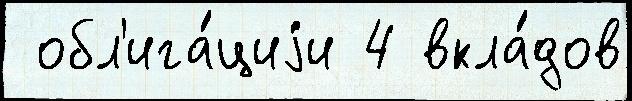
 обл'ига́циjи 4 вкла́дов